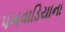
પખવાડિયાના